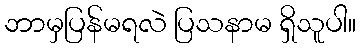
ဘာမှပြန်မရလဲ ပြသနာမ ရှိသူပါ။